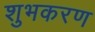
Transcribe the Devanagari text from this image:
शुभकरण